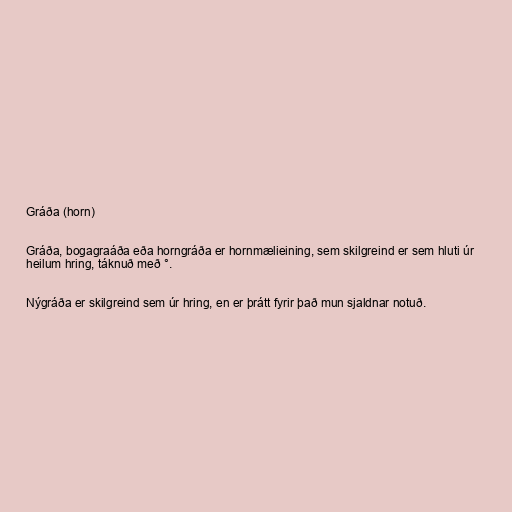
Gráða (horn)

Gráða, bogagraáða eða horngráða er hornmælieining, sem skilgreind er sem hluti úr
heilum hring, táknuð með °.

Nýgráða er skilgreind sem úr hring, en er þrátt fyrir það mun sjaldnar notuð.